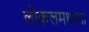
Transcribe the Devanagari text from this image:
लोकलमधल्या